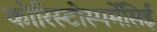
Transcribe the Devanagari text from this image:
कोरिस्टोस्पर्मेसिई